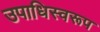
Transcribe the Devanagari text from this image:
उपाधिस्वरूप